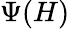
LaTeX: \Psi(H)